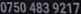
0750 483 9217